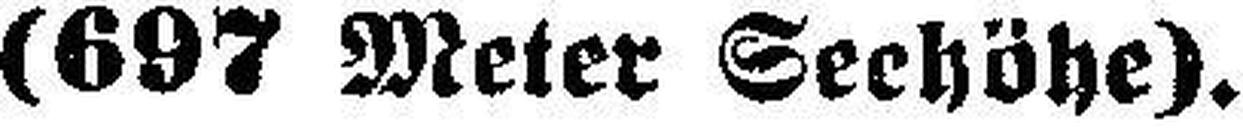
(697 Meter Seehöhe).